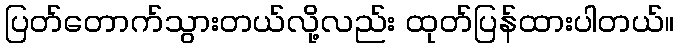
ပြတ်တောက်သွားတယ်လို့လည်း ထုတ်ပြန်ထားပါတယ်။